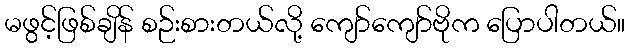
မဖွင့်ဖြစ်ချိန် စဉ်းစားတယ်လို့ ကျော်ကျော်ဗိုက ပြောပါတယ်။